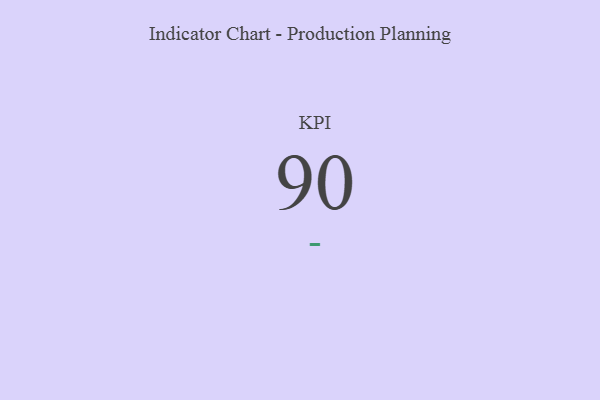
{"axis": {"x": "KPI", "y": "Value"}, "legend": [""], "data": [{"x": "KPI", "y": 90, "type": ""}]}